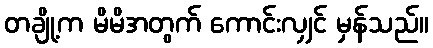
တချို့က မိမိအတွက် ကောင်းလျှင် မှန်သည်။